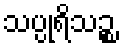
သပ္ပုရိသဉ္စ